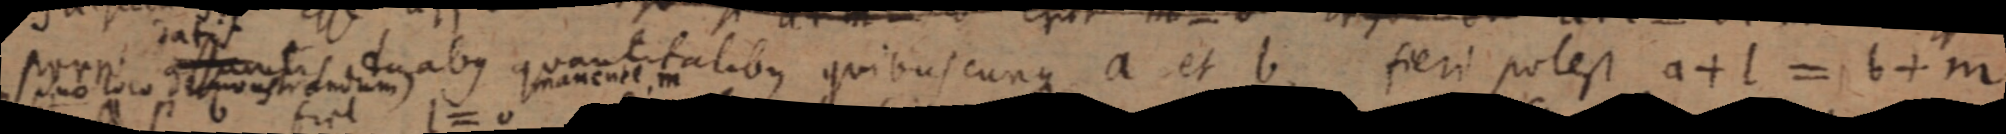
popp_ conssantis duobus quantitalibus quibuscunque a et b, fieri potest a + l = b + m